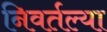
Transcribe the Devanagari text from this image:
निवर्तल्या